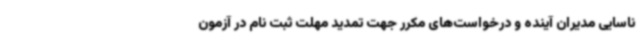
ناسایی مدیران آینده و درخواست‌های مکرر جهت تمدید مهلت ثبت نام در آزمون